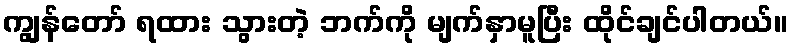
ကျွန်တော် ရထား သွားတဲ့ ဘက်ကို မျက်နှာမူပြီး ထိုင်ချင်ပါတယ်။